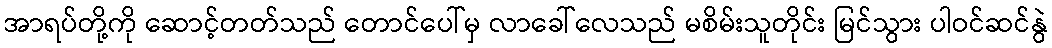
အာရပ်တို့ကို ဆောင့်တတ်သည် တောင်ပေါ်မှ လာခေါ်လေသည် မစိမ်းသူတိုင်း မြင်သွား ပါဝင်ဆင်နွဲ